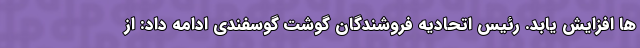
ها افزایش یابد. رئیس اتحادیه فروشندگان گوشت گوسفندی ادامه داد: از